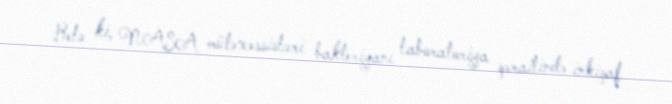
Belə ki, NASA mütəxəssisləri bakteriyanı laboratoriya şəraitində inkişaf